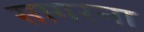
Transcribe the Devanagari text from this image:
सागरना